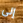
إلى